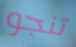
تنجو